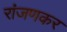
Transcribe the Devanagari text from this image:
रांजणकर